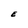
Character: E